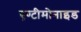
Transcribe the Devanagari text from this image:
एण्टीमोनाइड